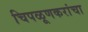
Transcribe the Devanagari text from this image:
चिपळूणकरांचा